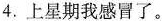
4.上星期我感冒了。